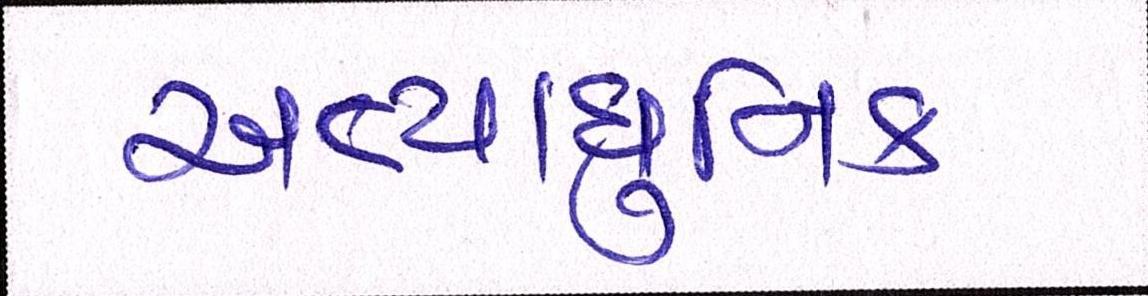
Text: અત્યાધુનિક